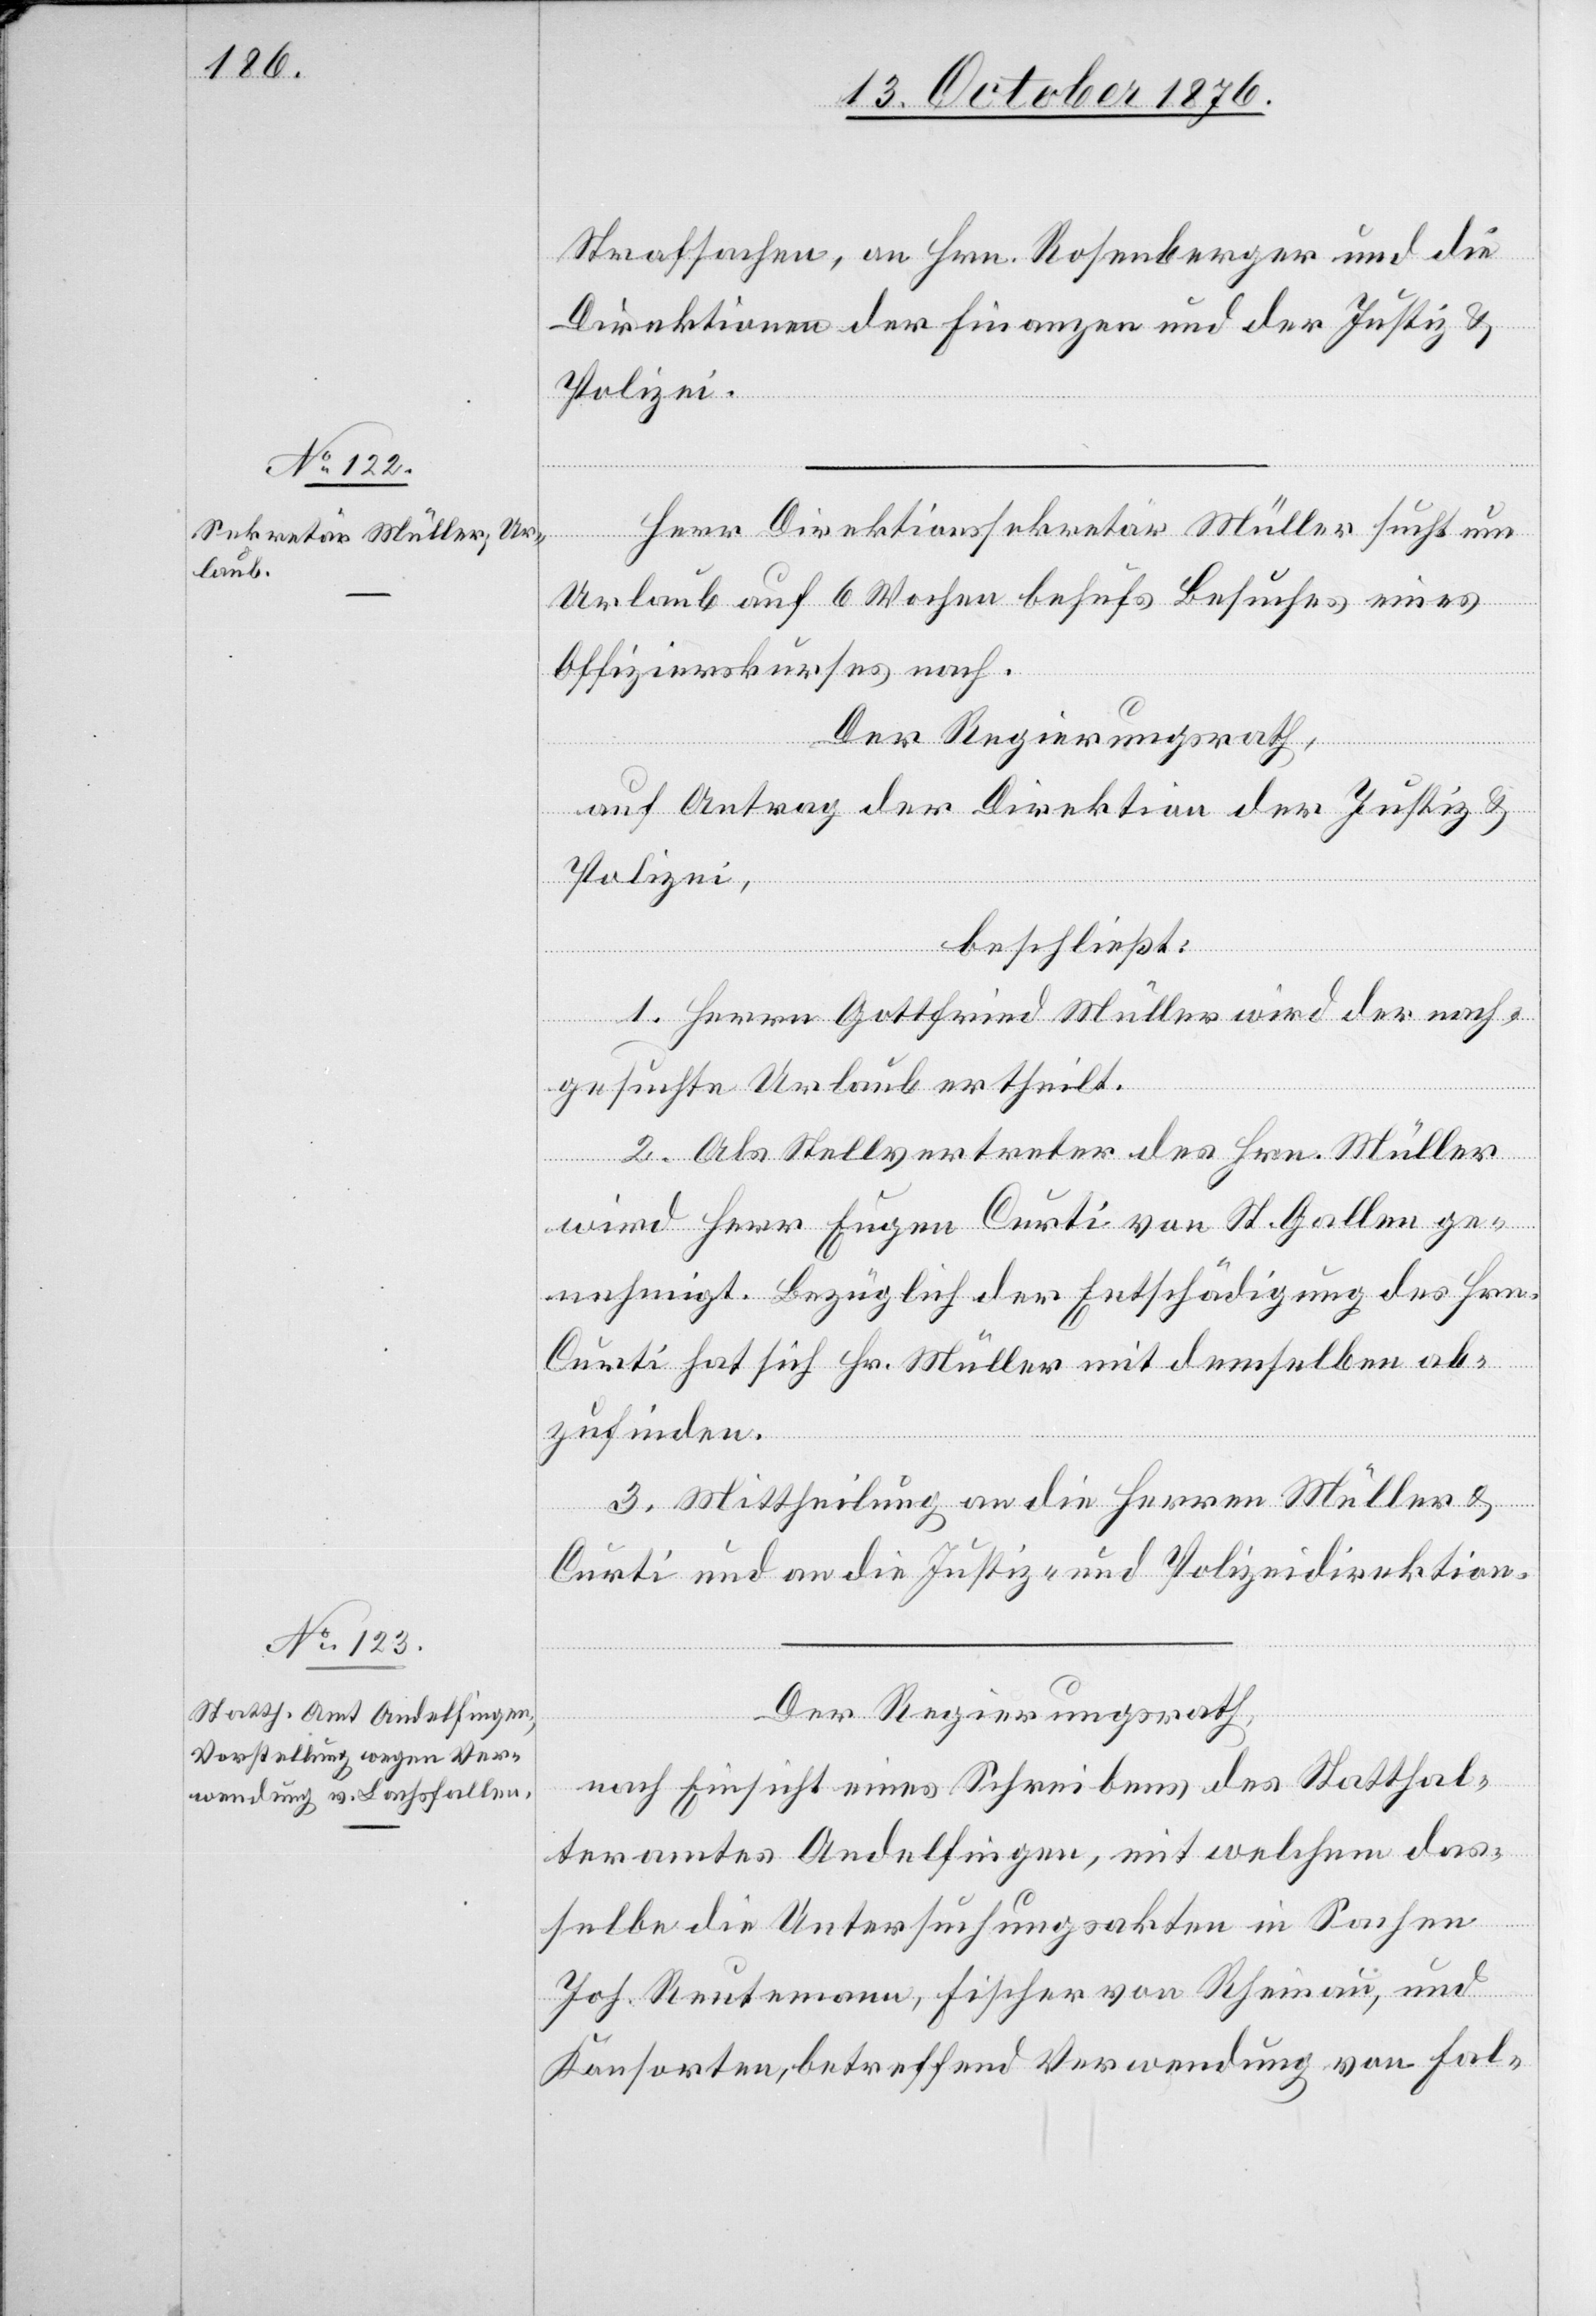
Strafsachen, an Hrn. Rosenberger und die
Direktion der Finanzen und der Justiz- &
Polizei¬
direktion.
Herr Direktionssekretär Müller sucht um
Urlaub auf 6 Wochen behufs Besuches eines
Offizierskurses nach.
Der Regierungsrath,
auf Antrag der Direktion der Justiz &
Polizei,
beschließt:
1. Herrn Gottfried Müller wird der nach¬
gesuchte Urlaub ertheilt.
2. Als Stellvertreter des Hrn. Müller
wird Herr Eugen Curti von St. Gallen ge¬
nehmigt. Bezüglich der Entschädigung des Hrn.
Curti hat sich Hr. Müller mit demselben ab¬
zufinden.
3. Mittheilung an die Herren Müller &
Curti und an die Justiz- und Polizeidirektion.
Der Regierungsrath,
nach Einsicht eines Schreibens des Statthal¬
teramtes Andelfingen, mit welchem das¬
selbe die Untersuchungsakten in Sachen
Joh. Reutemann, Fischer von Rheinau, und
Konsorten, betreffend Verwendung von Fal-